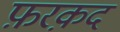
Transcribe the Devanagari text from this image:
फ़रक़द